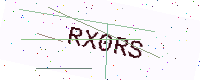
Text: RX0RS